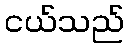
ငယ်သည်